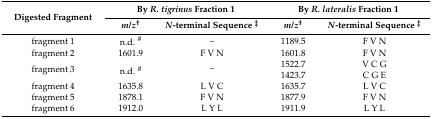
| <ROWSPAN=2> Digested Fragment | <COLSPAN=2> By R. tigrinus Fraction 1 | <COLSPAN=2> By R. lateralis Fraction 1 |
 | m/z† | N-terminal Sequence ‡ | m/z† | N-terminal Sequence ‡ |
 | --- | --- | --- | --- | --- |
 | fragment 1 | n.d. # | – | 1189.5 | F V N |
 | fragment 2 | 1601.9 | F V N | 1601.8 | F V N |
 | <ROWSPAN=2> fragment 3 | <ROWSPAN=2> n.d. # | <ROWSPAN=2> – | 1522.7 | V C G |
 | 1423.7 | C G E |
 | fragment 4 | 1635.8 | L V C | 1635.7 | L V C |
 | fragment 5 | 1878.1 | F V N | 1877.9 | F V N |
 | fragment 6 | 1912.0 | L Y L | 1911.9 | L Y L |